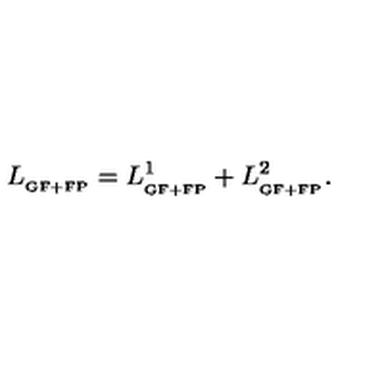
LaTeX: L _ { _ { \mathrm { G F + F P } } } = L _ { _ { \mathrm { G F + F P } } } ^ { 1 } + L _ { _ { \mathrm { G F + F P } } } ^ { 2 } .